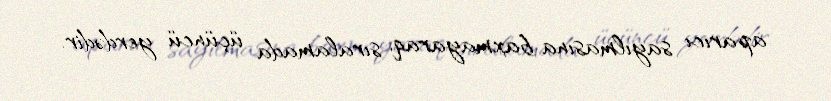
aparıcı sayılmasına baxmayaraq, sıralamada üçüncü yerdədir.